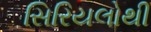
સિરિયલોથી